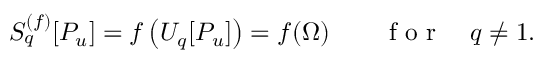
S _ { q } ^ { ( f ) } [ P _ { u } ] = f \left( U _ { q } [ P _ { u } ] \right) = f ( \Omega ) \qquad \textrm { f o r } \quad q \neq 1 .